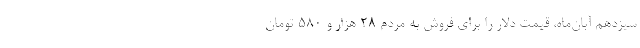
سیزدهم آبان‌ماه، قیمت دلار را برای فروش به مردم ۲۸ هزار و ۵۸۰ تومان